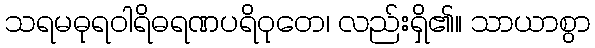
သရမဓုရဝါရိဓရဏပရိဝုတေ၊ လည်းရှိ၏။ သာယာစွာ